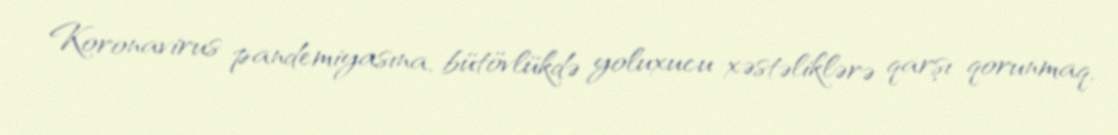
Koronavirus pandemiyasına, bütövlükdə yoluxucu xəstəliklərə qarşı qorunmaq,